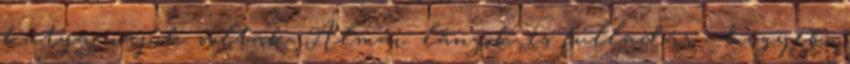
kutya napok voltak. Álmai: lángok és fulladás - hegyek,